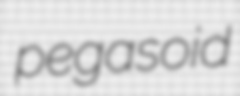
pegasoid